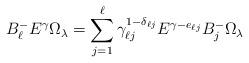
LaTeX: \begin{align*}B_\ell^- E^\gamma\Omega_\lambda =\sum_{j=1}^\ell \gamma_{\ell j}^{1-\delta_{\ell j}}E^{\gamma - e_{\ell j}}B_j^-\Omega_\lambda\end{align*}